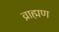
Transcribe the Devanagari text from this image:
व्राह्मण